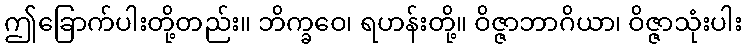
ဤခြောက်ပါးတို့တည်း။ ဘိက္ခဝေ၊ ရဟန်းတို့။ ဝိဇ္ဇာဘာဂိယာ၊ ဝိဇ္ဇာသုံးပါး